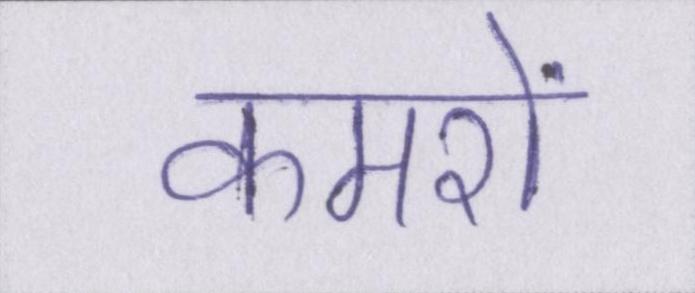
कमरों